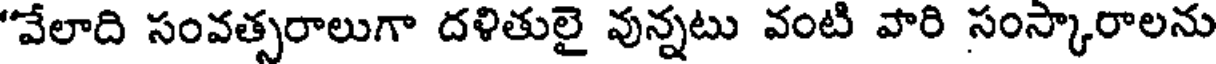
"వేలాది సంవత్సరాలుగా దళితులై వున్నటు వంటి వారి సంస్కారాలను